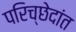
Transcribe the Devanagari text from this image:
परिच्छेदांत